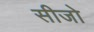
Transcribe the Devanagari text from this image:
सीजो